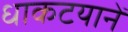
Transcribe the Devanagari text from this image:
धाकटयानें